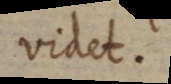
videt.